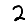
Digit: 2